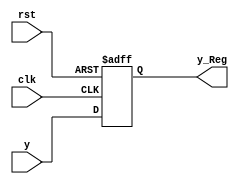
module Reg_y_L4(y_Reg,clk,rst,y);
output reg [4:0] y_Reg;
input clk,rst;
input [4:0] y;

always @ (posedge clk or negedge rst)
	begin
		if (!rst ) 
			y_Reg<=0; 
		else  
			y_Reg<=y; 
	end
endmodule